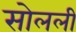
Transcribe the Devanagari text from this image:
सोलली